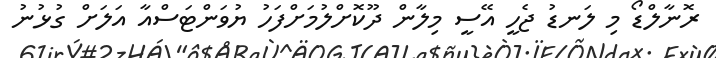
ރޮނާލްޑޯ މި ލަނޑު ޖެހީ އޭސީ މިލާން ދޫކޮށްލުމަށްފަހު ޔުވަންޓަސްއާ އަލަށް ގުޅުނު